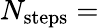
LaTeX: N_{\mathrm{steps}}=